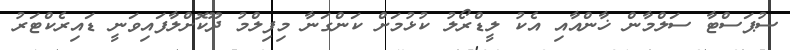
ސުޕަސްޓާ ސަލްމާން ޚާންއާއި އެކު ލީޑްރޯލު ކުޅުމަށް ކަންގަނާ މިފިލްމު ދޫކޮށްލާފައިވަނީ ޑައިރެކްޓަރު